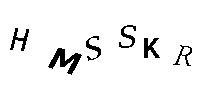
HMSSKR